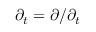
\partial _ { t } = \partial / \partial _ { t }